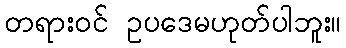
တရားဝင် ဥပဒေမဟုတ်ပါဘူး။